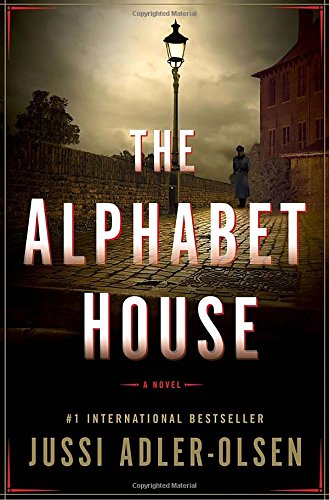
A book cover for The Alphabet House; Jussi Adler-Olsen; Mystery, Thriller & Suspense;